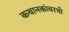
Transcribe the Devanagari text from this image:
कथानकांवरची